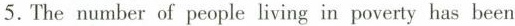
5. The number of people living in poverty has been